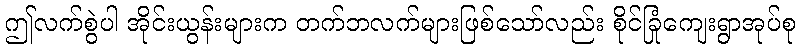
ဤလက်စွဲပါ အိုင်းယွန်းများက တက်ဘလက်များဖြစ်သော်လည်း စိုင်ခြုံကျေးရွာအုပ်စု